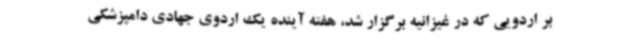
بر اردویی که در غیزانیه برگزار شد، هفته آینده یک اردوی جهادی دامپزشکی